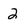
Character: 2